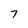
Character: 7